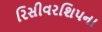
રિસીવરશિપના